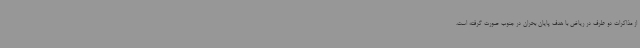
از مذاکرات دو طرف در ریاض با هدف پایان بحران در جنوب صورت گرفته است.